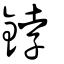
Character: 鋍